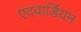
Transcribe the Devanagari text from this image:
एदवार्डियन